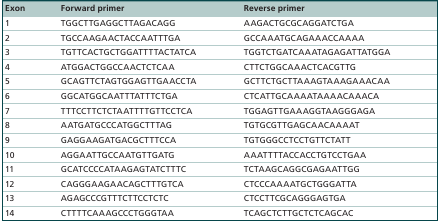
<table><thead><tr><td><b>Exon</b></td><td><b>Forward primer</b></td><td><b>Reverse primer</b></td></tr></thead><tbody><tr><td>1</td><td>TGGCTTGAGGCTTAGACAGG</td><td>AAGACTGCGCAGGATCTGA</td></tr><tr><td>2</td><td>TGCCAAGAACTACCAATTTGA</td><td>GCCAAATGCAGAAACCAAAA</td></tr><tr><td>3</td><td>TGTTCACTGCTGGATTTTACTATCA</td><td>TGGTCTGATCAAATAGAGATTATGGA</td></tr><tr><td>4</td><td>ATGGACTGGCCAACTCTCAA</td><td>CTTCTGGCAAACTCACGTTG</td></tr><tr><td>5</td><td>GCAGTTCTAGTGGAGTTGAACCTA</td><td>GCTTCTGCTTAAAGTAAAGAAACAA</td></tr><tr><td>6</td><td>GGCATGGCAATTTATTTCTGA</td><td>CTCATTGCAAAATAAAACAAACA</td></tr><tr><td>7</td><td>TTTCCTTCTCTAATTTTGTTCCTCA</td><td>TGGAGTTGAAAGGTAAGGGAGA</td></tr><tr><td>8</td><td>AATGATGCCCATGGCTTTAG</td><td>TGTGCGTTGAGCAACAAAAT</td></tr><tr><td>9</td><td>GAGGAAGATGACGCTTTCCA</td><td>TGTGGGCCTCCTGTTCTATT</td></tr><tr><td>10</td><td>AGGAATTGCCAATGTTGATG</td><td>AAATTTTACCACCTGTCCTGAA</td></tr><tr><td>11</td><td>GCATCCCCATAAGAGTATCTTTC</td><td>TCTAAGCAGGCGAGAATTGG</td></tr><tr><td>12</td><td>CAGGGAAGAACAGCTTTGTCA</td><td>CTCCCAAAATGCTGGGATTA</td></tr><tr><td>13</td><td>AGAGCCCGTTTCTTCCTCTC</td><td>CTCCTTCGCAGGGAGTGA</td></tr><tr><td>14</td><td>CTTTTCAAAGCCCTGGGTAA</td><td>TCAGCTCTTGCTCTCAGCAC</td></tr></tbody></table>